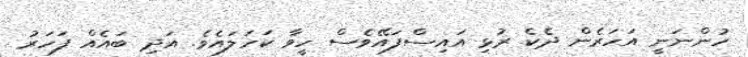
ހުންނަނީ އަހަރެން ދެކެ ރުޅި އައިސްފައޭވެސް ހީވާ ކަހަލައެވެ. އަދި ބައެއް ފަހަރު